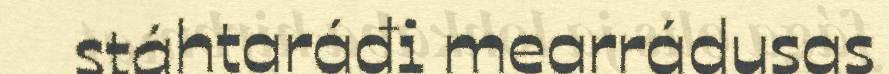
stáhtaráđi mearrádusas